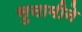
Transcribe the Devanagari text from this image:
सुनामीने